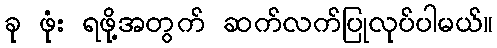
ခု ဖုံး ရဖို့အတွက် ဆက်လက်ပြုလုပ်ပါမယ်။